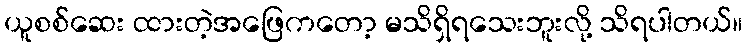
ယူစစ်ဆေး ထားတဲ့အဖြေကတော့ မသိရှိရသေးဘူးလို့ သိရပါတယ်။